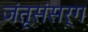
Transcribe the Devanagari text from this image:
जंतूसंसर्ग